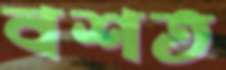
বশত